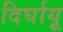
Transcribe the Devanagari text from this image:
दिर्घायू